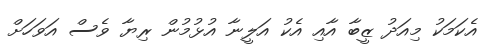
އެކަމަކު މިއަދު ޒީބާ އާއި އެކު އަލީނާ އުޅުމުން ރިޔާ ވެސް އަވަހަށް